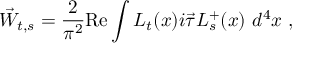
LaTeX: \vec { W } _ { t , s } = \frac { 2 } { \pi ^ { 2 } } \mathrm { R e } \int L _ { t } ( x ) i \vec { \tau } L _ { s } ^ { + } ( x ) ~ d ^ { 4 } x ~ ,